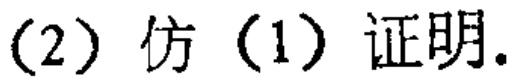
(2) 仿 (1) 证明.